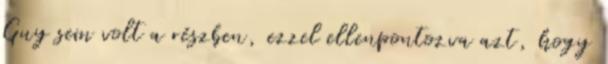
Guy sem volt a részben, ezzel ellenpontozva azt, hogy